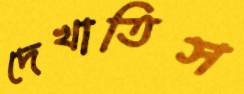
দেখাতিস